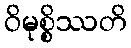
ဝိမုစ္စိဿတိ